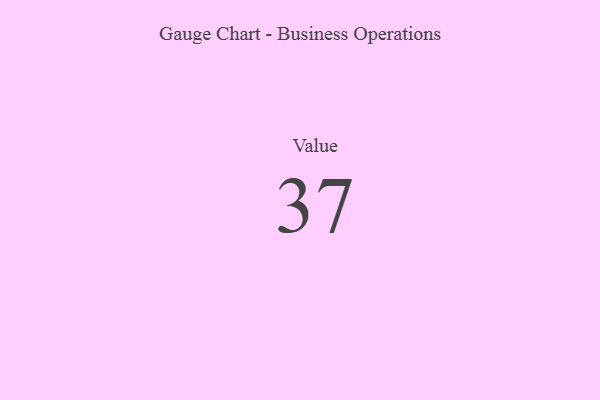
{"axis": {"x": "Metric", "y": "Value"}, "legend": [""], "data": [{"x": "Value", "y": 37, "type": ""}]}